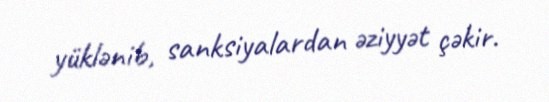
yüklənib, sanksiyalardan əziyyət çəkir.